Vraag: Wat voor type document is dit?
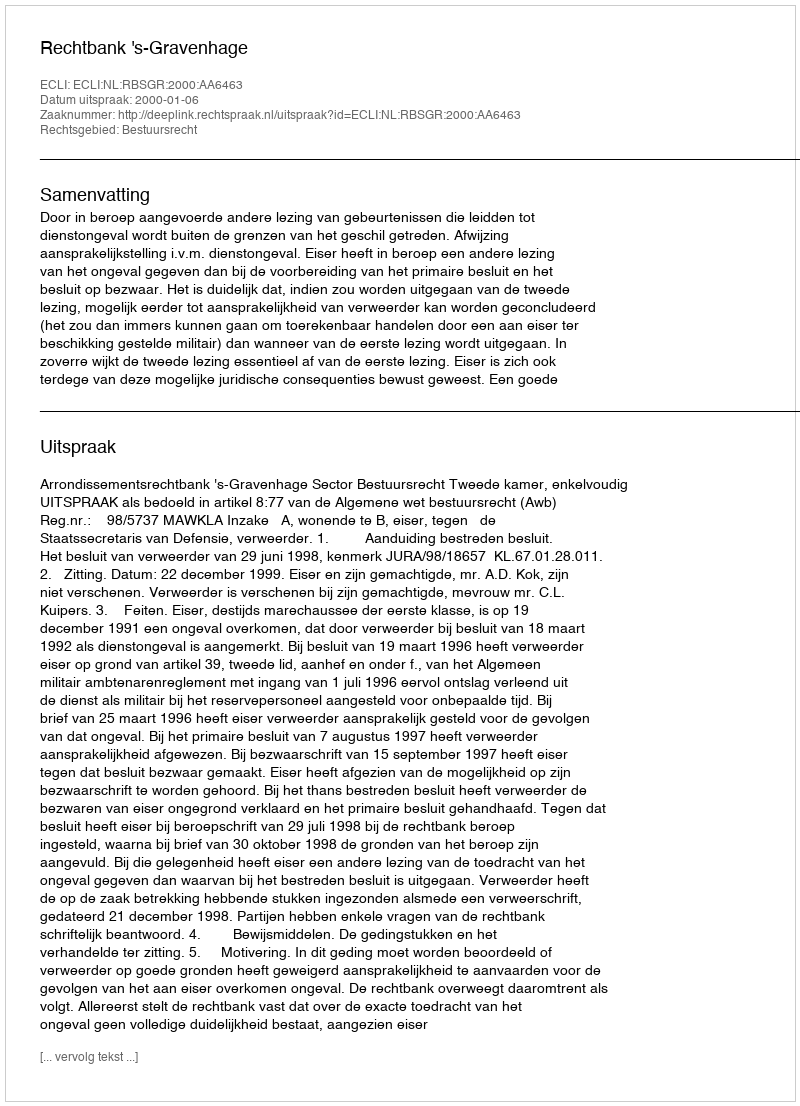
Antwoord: Uitspraak